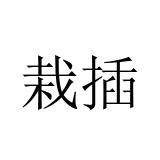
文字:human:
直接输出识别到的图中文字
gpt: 栽插